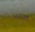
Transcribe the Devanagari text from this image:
५५६६४४